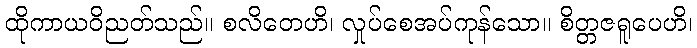
ထိုကာယဝိညတ်သည်။ စလိတေဟိ၊ လှုပ်စေအပ်ကုန်သော။ စိတ္တဇရူပေဟိ၊